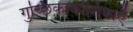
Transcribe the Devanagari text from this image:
गुच्छिकाकोशिकाएँ